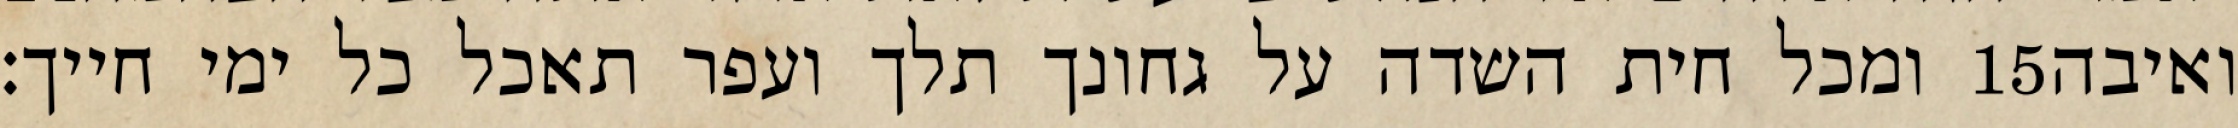
ומכל חית השדה על גחונך תלך ועפר תאכל כל ימי חייך׃ ‎15‏ ואיבה